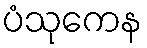
ပံသုကေန